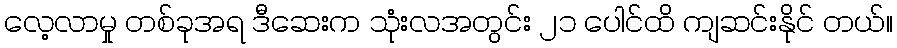
လေ့လာမှု တစ်ခုအရ ဒီဆေးက သုံးလအတွင်း ၂၁ ပေါင်ထိ ကျဆင်းနိုင် တယ်။